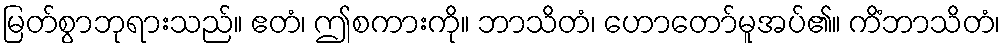
မြတ်စွာဘုရားသည်။ ဧတံ၊ ဤစကားကို။ ဘာသိတံ၊ ဟောတော်မူအပ်၏။ ကိံဘာသိတံ၊